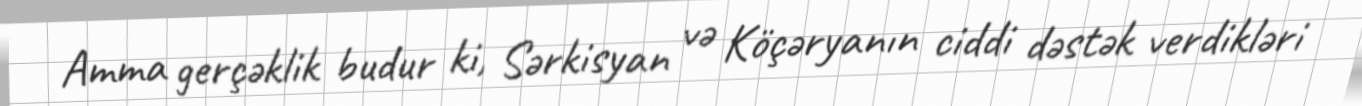
Amma gerçəklik budur ki, Sərkisyan və Köçəryanın ciddi dəstək verdikləri